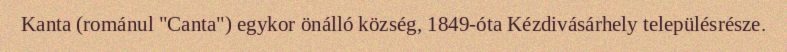
Kanta (románul "Canta") egykor önálló község, 1849-óta Kézdivásárhely településrésze.